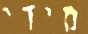
מידי